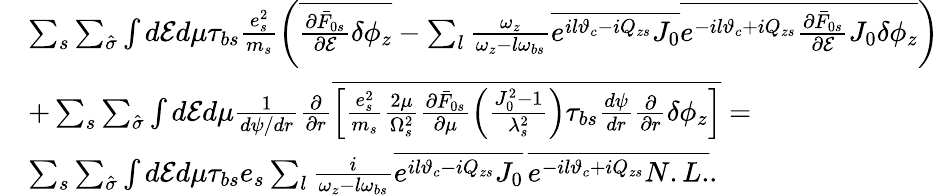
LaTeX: \begin{array}{rl}&{\sum_{s}\sum_{\hat{\sigma}}\int d\mathcal{E}d\mu\tau_{bs}\frac{e_{s}^{2}}{m_{s}}\left(\overline{{\frac{\partial\bar{F}_{0s}}{\partial\mathcal{E}}\delta\phi_{z}}}-\sum_{l}\frac{\omega_{z}}{\omega_{z}-l\omega_{bs}}\overline{{e^{il\vartheta_{c}-iQ_{zs}}J_{0}}}\overline{{e^{-il\vartheta_{c}+iQ_{zs}}\frac{\partial\bar{F}_{0s}}{\partial\mathcal{E}}J_{0}\delta\phi_{z}}}\right)}\\ &{+\sum_{s}\sum_{\hat{\sigma}}\int d\mathcal{E}d\mu\frac{1}{d\psi/dr}\frac{\partial}{\partial r}\overline{{\left[\frac{e_{s}^{2}}{m_{s}}\frac{2\mu}{\Omega_{s}^{2}}\frac{\partial\bar{F}_{0s}}{\partial\mu}\left(\frac{J_{0}^{2}-1}{\lambda_{s}^{2}}\right)\tau_{bs}\frac{d\psi}{dr}\frac{\partial}{\partial r}\delta\phi_{z}\right]}}=}\\ &{\sum_{s}\sum_{\hat{\sigma}}\int d\mathcal{E}d\mu\tau_{bs}e_{s}\sum_{l}\frac{i}{\omega_{z}-l\omega_{bs}}\overline{{e^{il\vartheta_{c}-iQ_{zs}}J_{0}}}\, \overline{{e^{-il\vartheta_{c}+iQ_{zs}}N.L.}}.}\end{array}